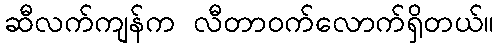
ဆီလက်ကျန်က လီတာဝက်လောက်ရှိတယ်။